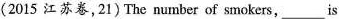
(2015 江苏卷,21)The number of smokers,___is